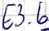
Text: E3.6